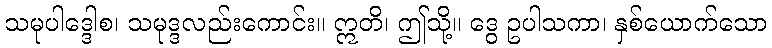
သမုပါဒ္ဒေါစ၊ သမုဒ္ဒလည်းကောင်း။ ဣတိ၊ ဤသို့။ ဒွေ ဥပါသကာ၊ နှစ်ယောက်သော